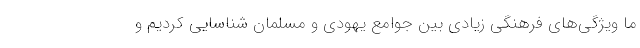
ما ویژگی‌های فرهنگی زیادی بین جوامع یهودی و مسلمان شناسایی کردیم و